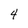
Character: 4